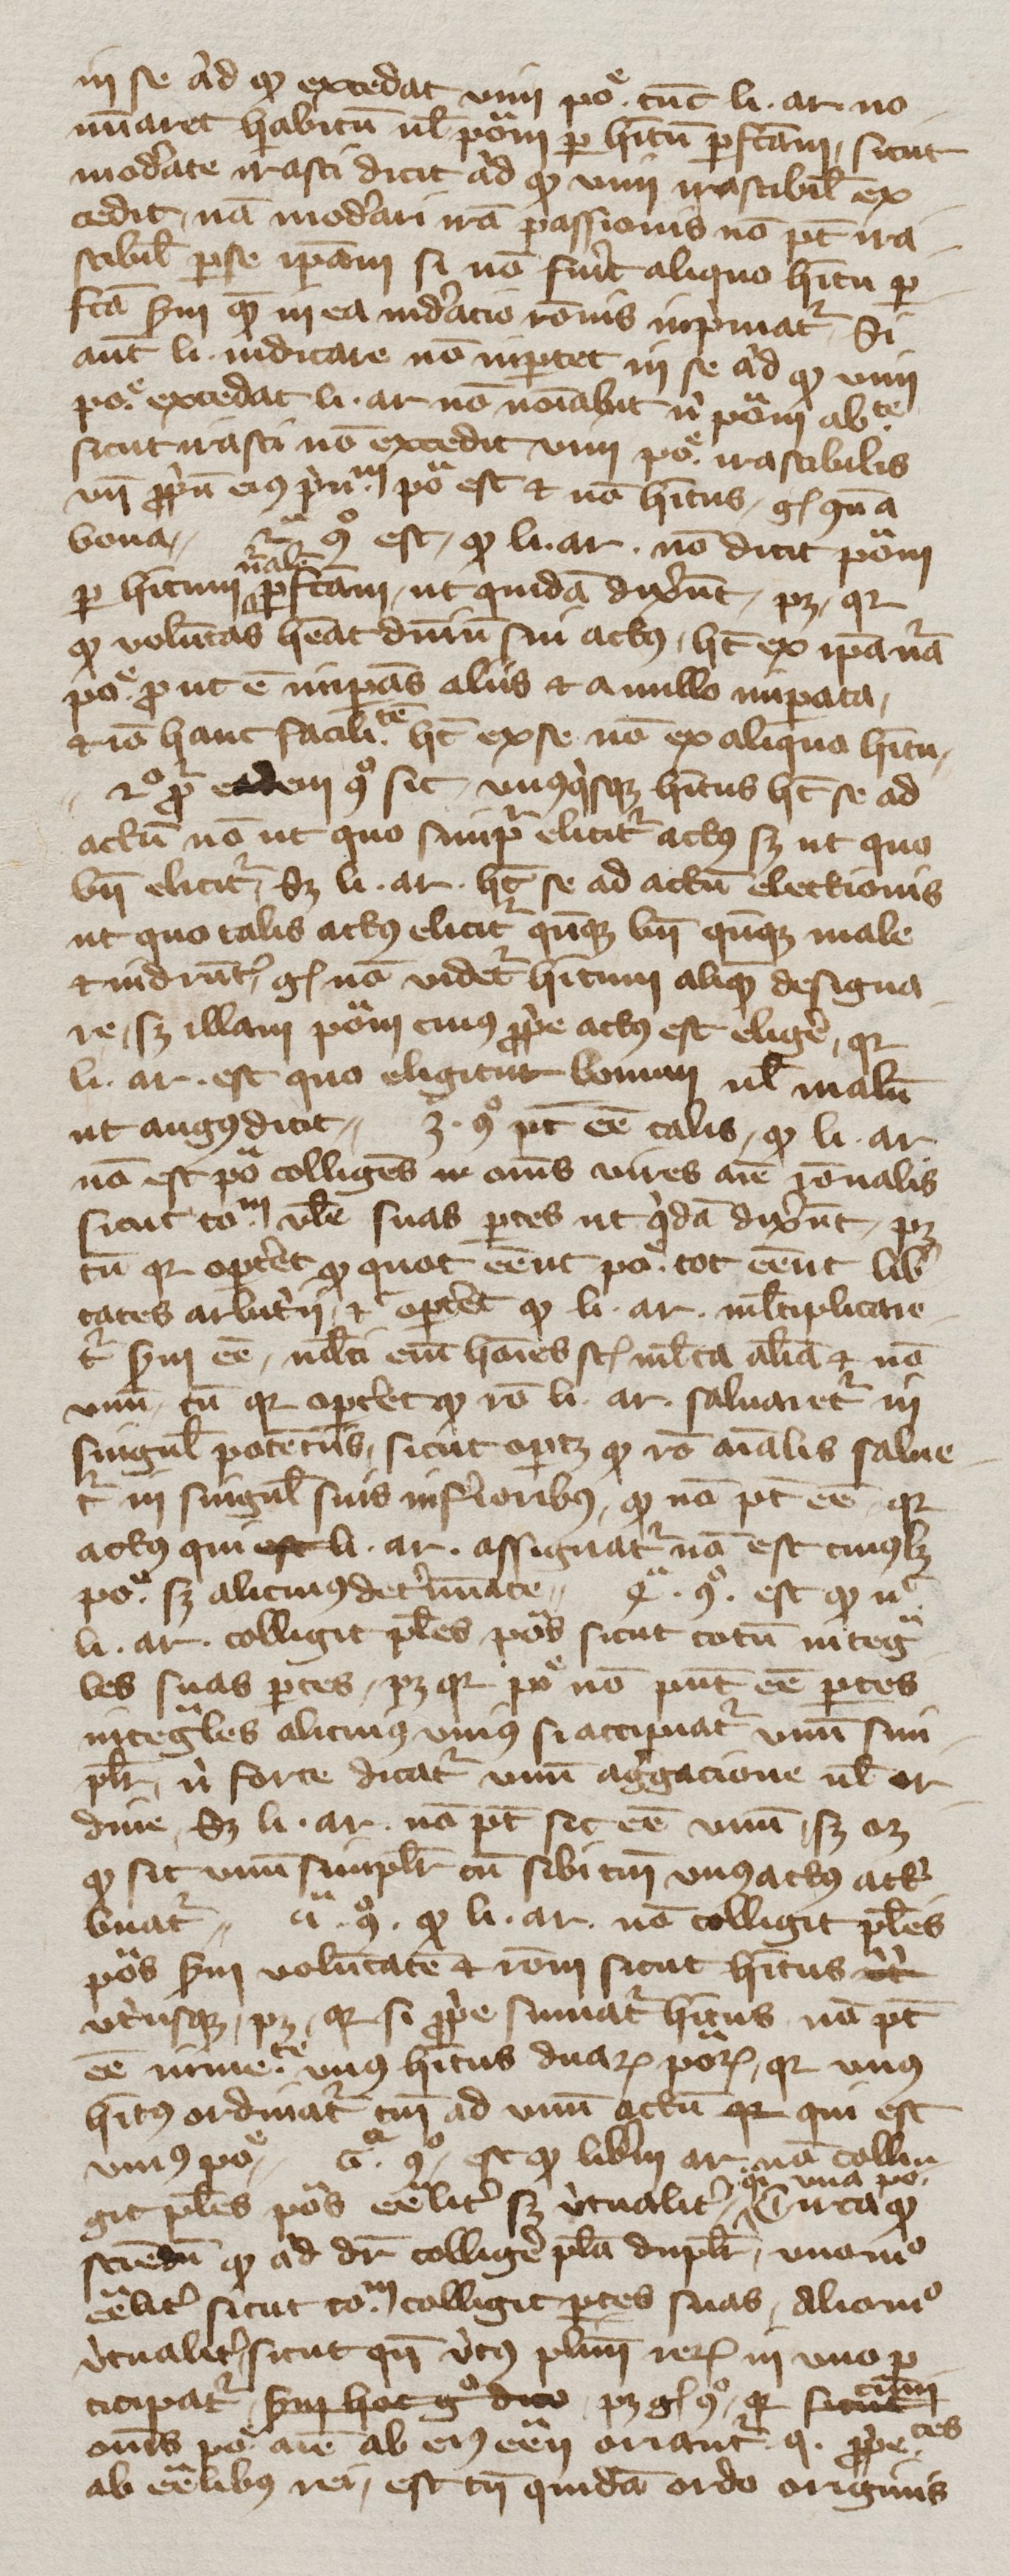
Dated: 1350–1399